Report on sanitation, dispensaries, and jails in Rajputana for 1921, and on vaccination for the year 1921-1922 - 1921-1922
Year: 1921
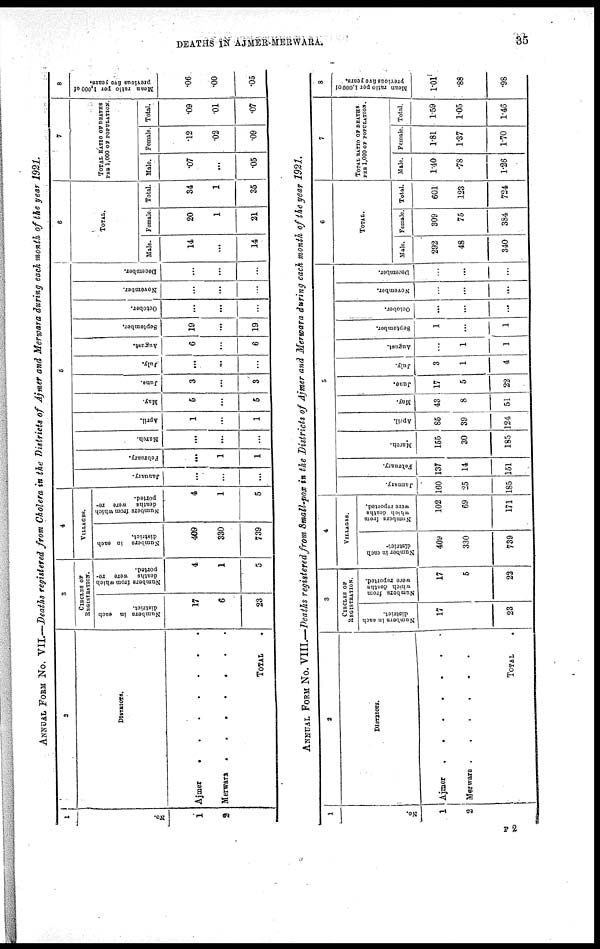
DEATHS IN AJMER MERWARA.
35
ANNUAL FORM No. VII.—Deaths registered from Cholera in the Districts of Ajmer and Merwara during each month of the year 1921.
1
No.
1
2
2
DISTRICTS.
Ajmer.......
Merwara..
TOTAL.
3
CIRCLES OF
REGISTRATION.
Numbers in each
district.
17
6
23
Numbers from which
deaths were re-
ported.
4
1
5
4
VILLAGES.
Numbers in each
district.
409
330
739
Numbers from which
deaths were re-
ported.
4
1
5
5
January.
...
...
...
February.
...
1
1
March.
...
...
...
April.
1
...
1
May.
5
...
5
June.
3
...
3
July.
...
...
...
August.
6
...
6
September.
19
...
19
October.
...
...
...
November.
...
...
...
December.
...
...
...
6
TOTAL.
Male.
14
...
14
Female.
20
1
21
Total.
34
1
35
7
TOTAL RATIO OF DEATHS
PER 1,000 OF POPULATION.
Male.
.07
...
.05
Female.
.12
.02
.09
Total.
.09
.01
.07
8
Mean ratio per 1,000 of
previous five years.
.06
.00
.05
ANNUAL FORM No. VIII.—Deaths registered from Small-pox in the Districts of Ajmer and Merwara during each month of the year 1921.
1
No.
1
2
2
DISTRICTS.
Ajmer.......
Merwara.......
TOTAL.
3
CIRCLES OF
REGISTRATION.
Numbers in each
district.
17
23
Numbers from
which deaths
were reported.
17
5
22
4
VILLAGES.
Number in each
district.
409
330
739
Numbers from
which deaths
were reported.
102
69
171
6
January.
160
25
185
February.
137
14
151
March.
155
30
185
April.
85
39
124
May.
43
8
51
June.
17
5
22
July.
3
1
4
August.
...
1
1
September.
1
...
1
October.
...
...
...
November.
...
...
...
December.
...
...
...
6
TOTAL.
Male.
292
48
340
Female.
309
75
384
Total.
601
123
724
7
TOTAL RATIO OF DEATHS
PER 1,000 OF POPULATION.
Male.
1.40
.78
1.26
Female.
1.81
1.37
1.70
Total.
1.59
1.05
1.46
8
Mean ratio per 1,000 of
previous five years.
1.01
.88
.98
F 2